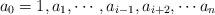
\begin{align*}a_0=1, a_1, \cdots, a_{i-1}, a_{i+2}, \cdots a_n\end{align*}